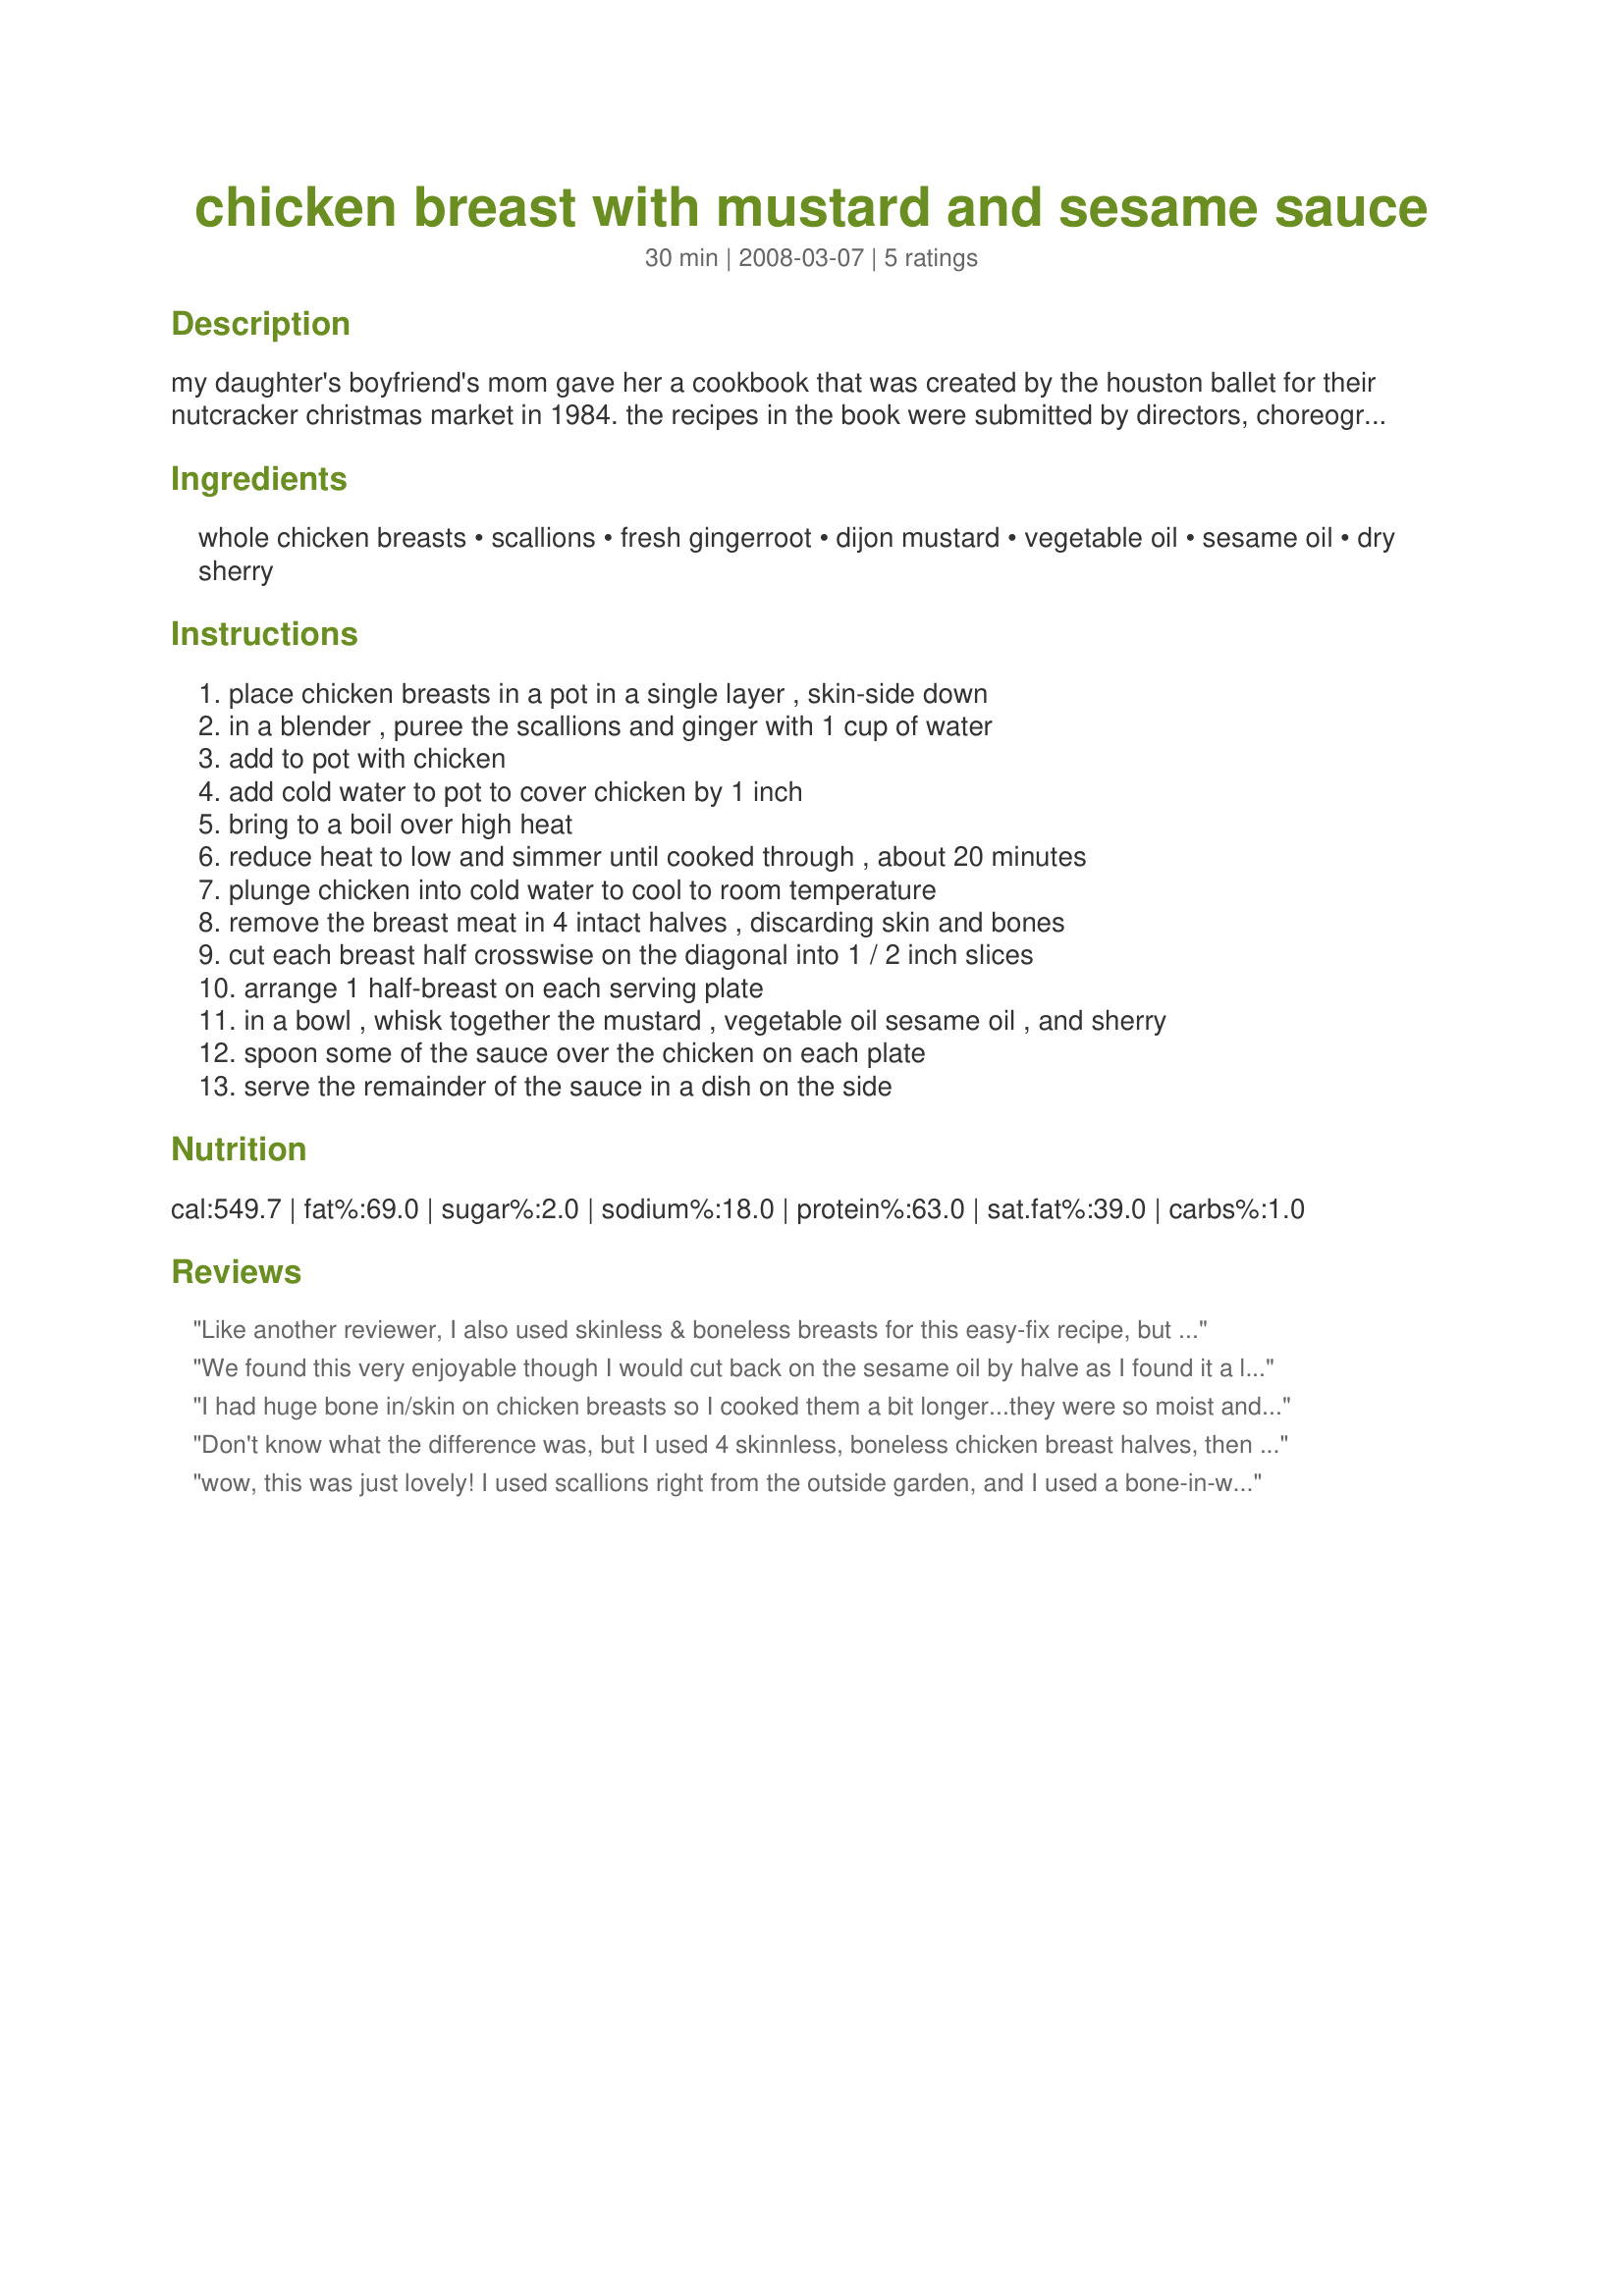
chicken breast with mustard and sesame sauce
Preparation time: 30 minutes

my daughter's boyfriend's mom gave her a cookbook that was created by the houston ballet for their nutcracker christmas market in 1984. the recipes in the book were submitted by directors, choreographers, and dancers in the houston ballet that year. this recipe was submitted by rachel jonell beard, soloist.

Ingredients:
whole chicken breasts, scallions, fresh gingerroot, dijon mustard, vegetable oil, sesame oil, dry sherry

Steps:
place chicken breasts in a pot in a single layer , skin-side down, in a blender , puree the scallions and ginger with 1 cup of water, add to pot with chicken, add cold water to pot to cover chicken by 1 inch, bring to a boil over high heat, reduce heat to low and simmer until cooked through , about 20 minutes, plunge chicken into cold water to cool to room temperature, remove the breast meat in 4 intact halves , discarding skin and bones, cut each breast half crosswise on the diagonal into 1 / 2 inch slices, arrange 1 half-breast on each serving plate, in a bowl , whisk together the mustard , vegetable oil sesame oil , and sherry, spoon some of the sauce over the chicken on each plate, serve the remainder of the sauce in a dish on the side

Reviews:
Like another reviewer, I also used skinless & boneless breasts for this easy-fix recipe, but otherwise made it as written. I served this chicken with Recipe #217042 by FT & used the lovely onion-infused stock from the chicken in her recipe for an ideal dinner combo. The Dijon mustard flavor is strong here, but we both like it. As a trial, I took part of the mustard sauce & added softened cream cheese for a creamy sauce that was also good on the chicken & can be used for a more kid-friendly or less strongly mustard-flavored sauce as desired. Made for the *Pet Parade* event & thx for sharing your recipe w/us. :-)
We found this very enjoyable though I would cut back on the sesame oil by halve as I found it a little too overpowering. I made for 3 serves using skinless boneless chicken breasts which were on the large side (about 250 grams each) and took 20 minutes to cook in the poaching liquid and then I let them rest covereed with alfoil for 10 minutes before slicing and plating up. Thank you loof, made Aussie/Kiwi Recipe Swap #67 August 2012.
I had huge bone in/skin on chicken breasts so I cooked them a bit longer...they were so moist and juicy...the sauce was delicious but we found the chicken itself was tasteless...so not really sure what the scallions and ginger were doing in the pot...I do like the technique used in poaching the chicken...never had poached chicken before and I can see it being useful for lots of dishes...thanks for posting it...=)
Don't know what the difference was, but I used 4 skinnless, boneless chicken breast halves, then added the sherry to the blender when I did up the scallions & ginger in water! Everything else came together as listed, & I had an extremely nice tasting chicken dish, most of which was made for some neighbors in need! Will definietly keep this recipe around in the weeks to come! [Tagged, made & reviewed in Newest Zaar Tag]
wow, this was just lovely! I used scallions right from the outside garden, and I used a bone-in-with-skin chicken breast *huge*, which kept the chicken so juicy!! This was for the elderly couple i cook for, and the presentation was beautiful! I cut the dijon down to 1/4 cup because I only used 1 large chicken breast. Also scaled down the rest of ingredients as to not overwhelm the chicken. Very lovely....Served overtop some rice pilaf. Made for ZWT 6
